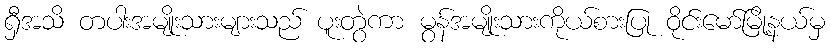
ရှီအသိ တပါးအမျိုးသားများသည် ပူးတွဲကာ မွန်အမျိုးသားကိုယ်စားပြု ဝိုင်းမော်မြို့နယ်မှ